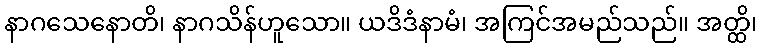
နာဂသေနောတိ၊ နာဂသိန်ဟူသော။ ယဒိဒံနာမံ၊ အကြင်အမည်သည်။ အတ္ထိ၊